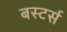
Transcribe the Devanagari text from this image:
बस्टर्स